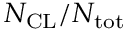
N _ { \mathrm { C L } } / N _ { \mathrm { t o t } }